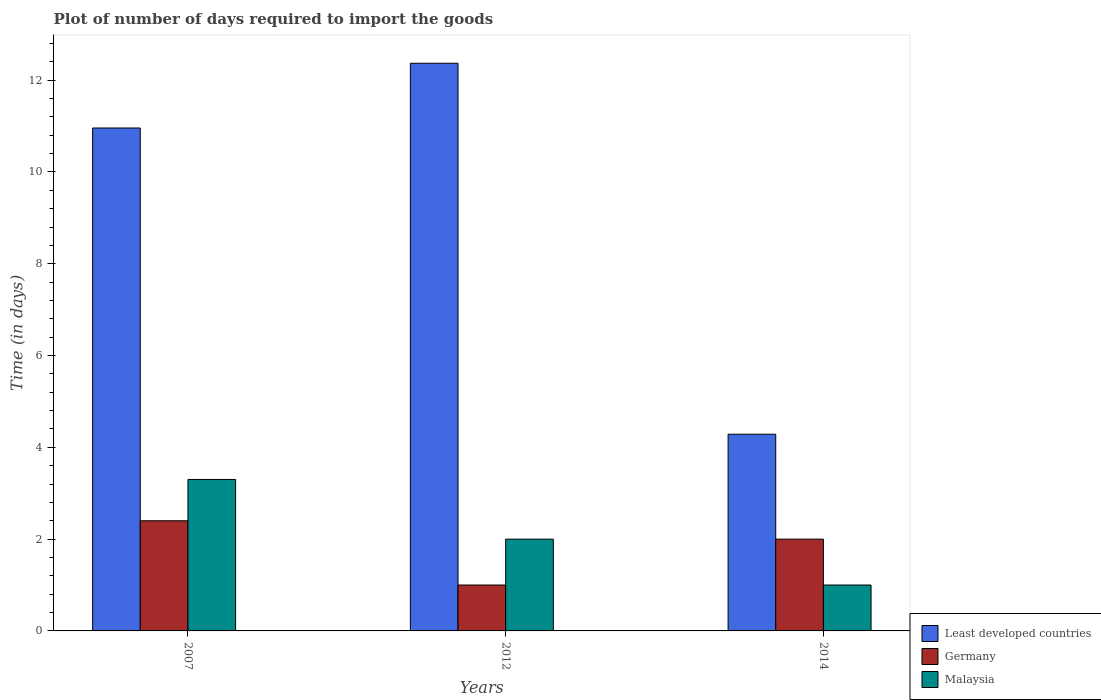
| Years | Least developed countries | Germany | Malaysia |
 | --- | --- | --- | --- |
 | 2007 | 11 | 2.4 | 3.3 |
 | 2012 | 12.4 | 1 | 2 |
 | 2014 | 4.29 | 2 | 1 |